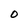
Character: 0